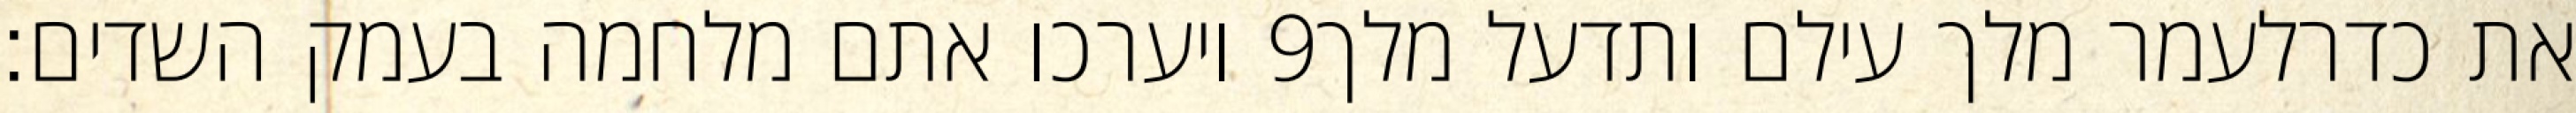
ויערכו אתם מלחמה בעמק השדים׃ ‎9‏ את כדרלעמר מלך עילם ותדעל מלך